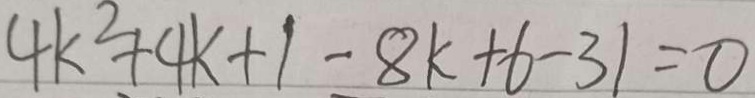
4 k ^ { 2 } + 4 k + 1 - 8 k + 6 - 3 1 = 0